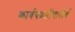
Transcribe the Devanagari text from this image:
कार्यपद्धतींचादीर्घ